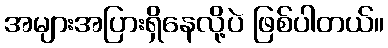
အများအပြားရှိနေလို့ပဲ ဖြစ်ပါတယ်။